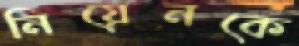
নিয়েনকে